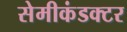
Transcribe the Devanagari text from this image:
सेमीकंडक्‍टर